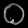
Digit: ၀